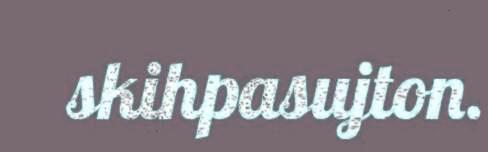
skihpasujton.